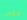
علي